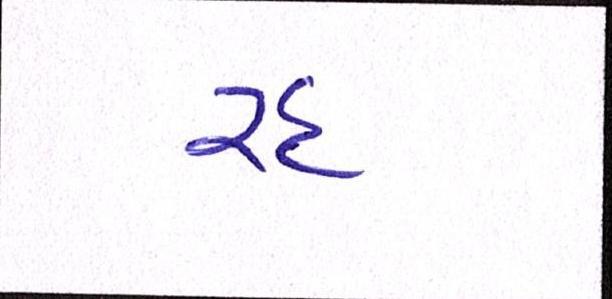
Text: રદ